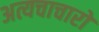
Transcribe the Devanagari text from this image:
अत्यचाचारों